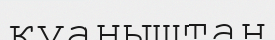
қуаныштан